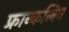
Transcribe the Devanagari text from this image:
फ्रान्कलिन